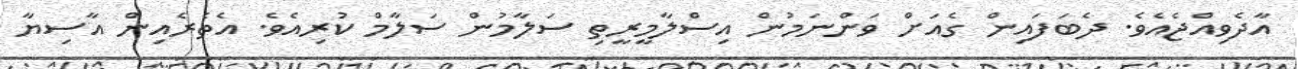
އާދެވިއްޖެއެވެ. ދެބަފައިން ގެއަށް ވަންނަމުން އިސްލާމީރީތި ސަލާމުން ސަލާމް ކުރިއެވެ. އެތެރެއިން އާސިޔާ